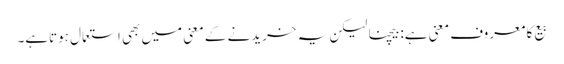
بیع کا معروف معنی ہے: بیچنا لیکن یہ خریدنے کے معنی میں بھی استعمال ہوتاہے۔